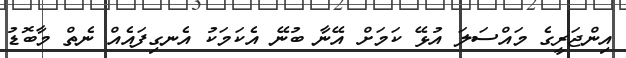
އިންޖަރީގެ މައްސަލަ އުޅޭ ކަމަށް އޭނާ ބުނޭ އެކަމަކު އެނގިފައެއް ނެތް މާބޮޑު